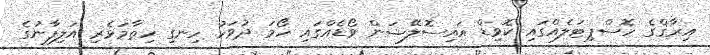
އިރާޤްގެ ހޮސްޕިޓަލެއްގައި ކޮވިޑް އައިސޮލޭޝަން ވޯޑެއްގައި ހޯމަ ދުވަހު ހިނގި ހިތާމަވެރި އަލިފާނުގެ